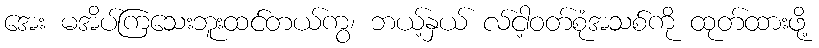
အေး မအိပ်ကြသေးဘူးထင်တယ်ကွ၊ ဘယ့်နှယ် လ်ငါ့ဝတ်စုံအသစ်ကို ထုတ်ထားဖို့